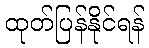
ထုတ်ပြန်နိုင်ရန်